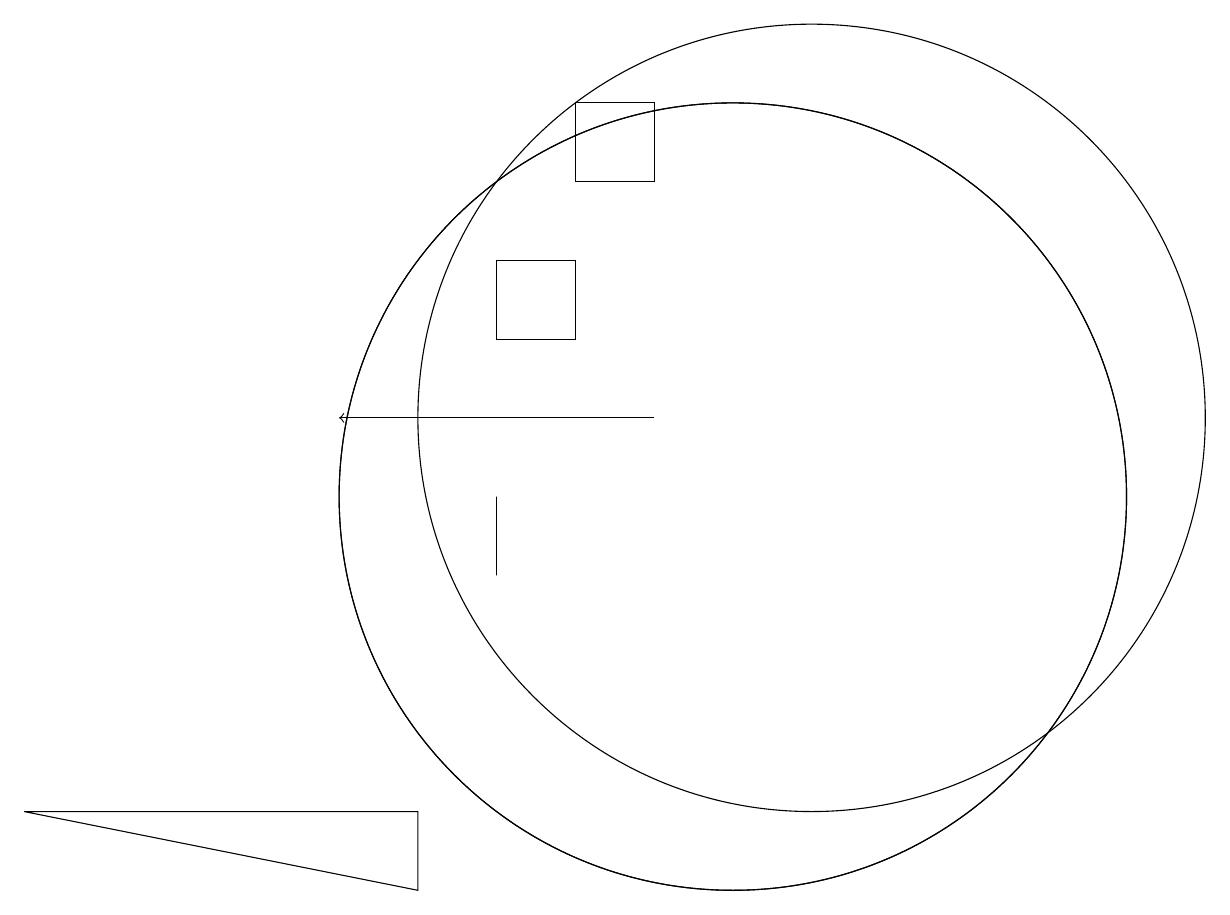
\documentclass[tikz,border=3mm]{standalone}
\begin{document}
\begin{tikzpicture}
\draw (11,12) circle (5);
\draw (7,11) rectangle (7,10);
\draw (7,14) rectangle (8,13);
\draw[->] (9,12) -- (5,12);
\draw (9,15) rectangle (8,16);
\draw (1,7) -- (6,7) -- (6,6) -- cycle;
\draw (10,11) circle (5);
\draw (10,11) circle (5);
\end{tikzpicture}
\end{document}